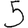
Digit: 5